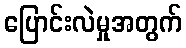
ပြောင်းလဲမှုအတွက်